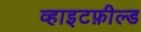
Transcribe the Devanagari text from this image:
व्हाइटफ़ील्ड